Indian journal of veterinary science and animal husbandry - Volume 4,
Year: 1934
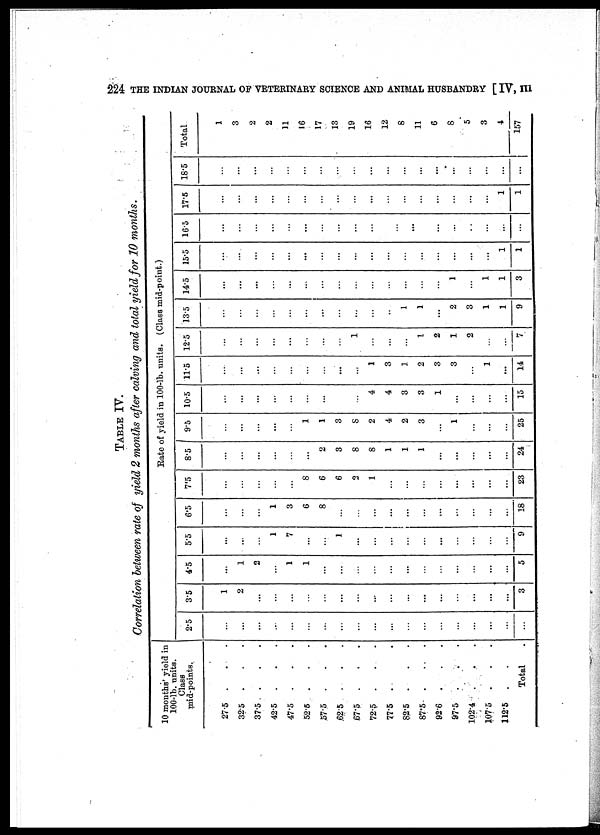
224 THE INDIAN JOURNAL OF VETERINARY SCIENCE AND ANIMAL HUSBANDRY [ IV, III
TABLE IV.
Correlation between rate of yield 2 months after calving and total yield for 10 months.
10 months' yield in
100-lb. units.
Class
mid-points.
27.5 . . .
32.5 . . .
37.5 . . .
42.5 . . .
47.5 . . .
52.5 . . .
57.5 . . .
62.5 . . .
67.5 . . .
72.5 . . .
77.5 . .
82.5 . . .
87.5 . . .
92.6 . . .
97.5 . . .
102.4 . . .
107.5 . . .
112.5 . .
Total
.
Rate of yield in 100-lb. units. (Class mid-point.)
2.5
...
...
...
...
...
...
...
...
...
...
...
...
...
...
...
...
...
...
3.5
1
2
...
...
...
...
...
......
...
...
...
...
...
...
...
...
...
...
3
4.5
...
1
2
...
1
1
...
...
...
...
...
...
...
...
...
...
...
...
5
5.5
...
...
...
1
7
...
...
1
...
...
...
...
...
...
...
...
...
...
9
6.5
...
...
...
1
3
6
8
...
...
...
...
...
...
......
...
...
...
...
18
7.5
...
...
...
...
...
8
6
6
2
1
...
...
...
...
...
...
...
...
23
8.5
...
...
...
...
...
...
2
3
8
8
1
1
1
...
...
...
...
...
24
9.5
...
...
...
...
...
1
1
3
8
2
4
2
3
...
1
...
...
...
25
10.5
...
...
...
...
...
...
...
...
...
4
4
3
3
1
...
...
...
...
15
11.5
...
...
...
...
...
...
...
...
...
1
3
1
2
3
3
...
1
...
14
12.5
...
...
...
...
...
...
...
...
1
...
...
...
1
2
1
2
...
...
7
13.5
...
...
...
...
...
...
...
...
...
...
...
1
1
...
2
3
1
1
9
14.5
...
...
...
...
...
...
...
...
...
...
...
...
...
...
1
...
1
1
3
15.5
...
...
...
...
...
...
...
...
...
...
...
...
...
...
...
...
...
1
1
16.5
...
...
...
...
...
...
...
...
...
...
...
...
...
...
...
...
...
...
...
17.5
...
...
...
...
...
...
...
...
...
...
...
...
...
...
...
...
...
1
1
18.5
...
...
...
...
...
...
...
...
...
...
...
...
...
...
...
...
...
...
...
Total
1
3
2
2
11
16
17
13
19
16
12
8
11
6
8
5
3
4
157